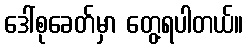
ဒေါ်စုခေတ်မှာ တွေ့ရပါတယ်။